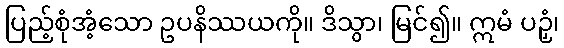
ပြည့်စုံအံ့သော ဥပနိဿယကို။ ဒိသွာ၊ မြင်၍။ ဣမံ ပဉှံ၊